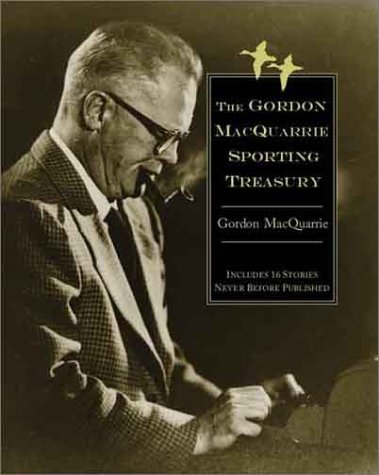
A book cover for Gordon MacQuarrie Treasury: Thirty-Eight Classic Sporting Stories (Game & Fish Mastery Library); Gordon MacQuarrie; Sports & Outdoors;